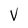
Character: V